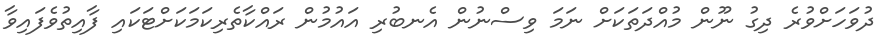
ދުވަހަށްވުރެ ދިގު ނޫން މުއްދަތަކަށް ނަމަ ވިސްނުން އެނބުރި އައުމުން ރައްކާތެރިކަމަކަށްޓަކައި ފާއިތުވެފައިވާ